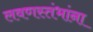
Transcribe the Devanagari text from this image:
लवणस्तंभांना